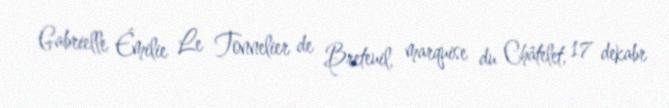
Gabrielle Émilie Le Tonnelier de Breteuil, marquise du Châtelet, 17 dekabr